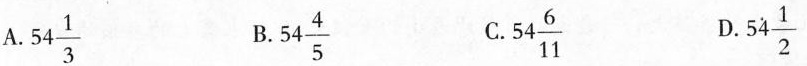
A. $$54 \frac{1}{3}$$ B. $$54 \frac{4}{5}$$ C. $$54 \frac{6}{11}$$ D. $$54 \frac{1}{2}$$